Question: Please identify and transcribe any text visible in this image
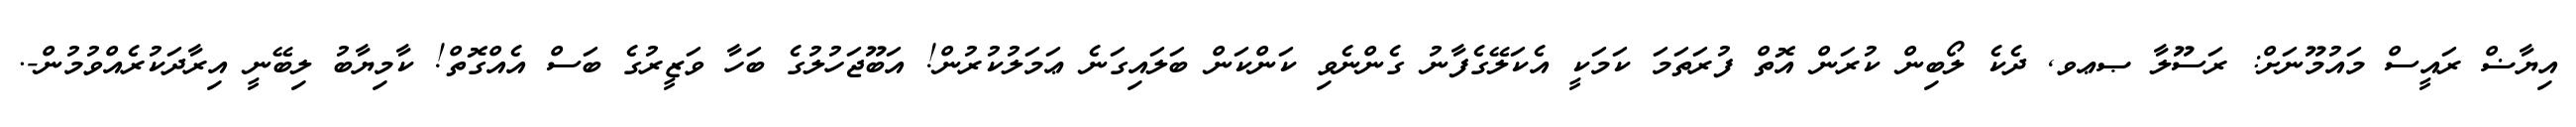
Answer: އިޔާޟް ރައީސް މައުމޫނަށް: ރަސޫލާ ޞޢވ, ދެކެ ލޯބިން ކުރަން އޮތް ފުރަތަމަ ކަމަކީ އެކަލޭގެފާނު ގެންނެވި ކަންކަން ބަލައިގަނެ ޢަމަލުކުރުން! އަބޫޖަހުލުގެ ބަހާ ވަޒީރުގެ ބަސް އެއްގޮތް! ކާމިޔާބު ލިބޭނީ އިރާދަކުރެއްވުމުން-.